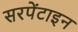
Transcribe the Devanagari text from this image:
सरपेंटाइन